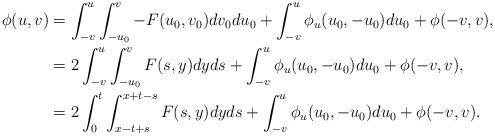
LaTeX: \begin{align*} \phi(u, v)&= \int_{-v}^u \int_{-u_0}^v -F(u_0, v_0) dv_0 du_0+ \int_{-v}^u \phi_u(u_0, -u_0) du_0+ \phi(-v, v),\\ &= 2\int_{-v}^u \int_{-u_0}^v F(s, y) dy ds+ \int_{-v}^u \phi_u(u_0, -u_0) du_0+ \phi(-v, v),\\ &= 2\int_0^t \int_{x-t+s}^{x+t-s} F(s, y) dy ds+ \int_{-v}^u \phi_u(u_0, -u_0) du_0+ \phi(-v, v).\end{align*}